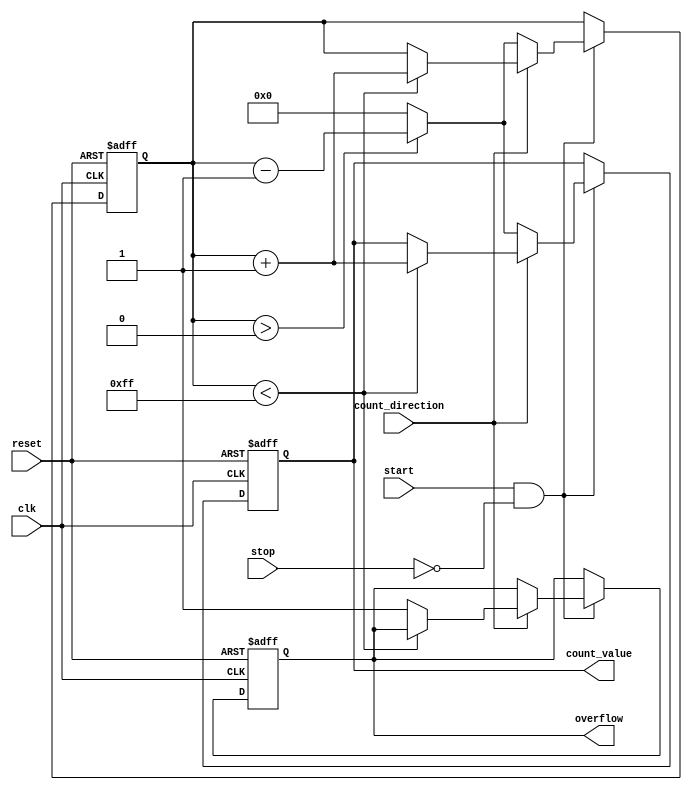
module windowed_counter #(
    parameter COUNTER_WIDTH = 8,  // Width of the counter
    parameter MAX_COUNT = (1 << COUNTER_WIDTH) - 1 // Maximum count value
)(
    input wire clk,                  // Clock signal
    input wire reset,                // Reset signal
    input wire start,                // Start counting signal
    input wire stop,                 // Stop counting signal
    input wire count_direction,      // 1 for up counting, 0 for down counting
    output reg [COUNTER_WIDTH-1:0] count_value, // Output current count value
    output reg overflow              // Overflow flag
);

    // Memory block for storing the count
    reg [COUNTER_WIDTH-1:0] memory;

    always @(posedge clk or posedge reset) begin
        if (reset) begin
            // Reset the counter and memory
            memory <= 0;
            count_value <= 0;
            overflow <= 0;
        end else if (start && !stop) begin
            // Count up or down based on count_direction
            if (count_direction) begin
                // Up counting
                if (memory < MAX_COUNT) begin
                    memory <= memory + 1;
                    count_value <= memory + 1; // Update output count value
                end else begin
                    overflow <= 1; // Set overflow flag
                end
            end else begin
                // Down counting
                if (memory > 0) begin
                    memory <= memory - 1;
                    count_value <= memory - 1; // Update output count value
                end else begin
                    memory <= 0; // Prevent underflow
                    count_value <= 0;
                end
            end
        end
    end

    // Handle simultaneous start and stop signals
    always @(posedge clk) begin
        if (start && stop) begin
            // If both start and stop are asserted, do nothing
            // This can be modified to suit specific design requirements
        end
    end

endmodule